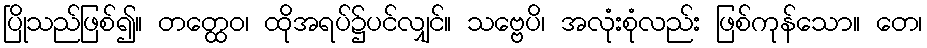
ပြိုသည်ဖြစ်၍။ တတ္ထေဝ၊ ထိုအရပ်၌ပင်လျှင်။ သဗ္ဗေပိ၊ အလုံးစုံလည်း ဖြစ်ကုန်သော။ တေ၊